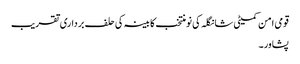
قومی امن کمیٹی شانگلہ کی نومنتخب کابینہ کی حلف برداری تقریب
پشاور۔